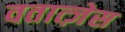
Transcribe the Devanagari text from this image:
वतात्ज़ेस